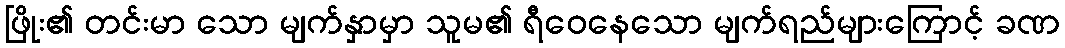
ဖြိုး၏ တင်းမာ သော မျက်နှာမှာ သူမ၏ ရီဝေနေသော မျက်ရည်များကြောင့် ခဏ